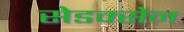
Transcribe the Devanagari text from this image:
सेडक्सेन